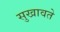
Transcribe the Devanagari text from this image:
सुखावते